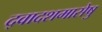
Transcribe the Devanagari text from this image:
द्वादशमासेषु